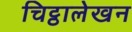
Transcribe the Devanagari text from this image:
चिट्ठालेखन